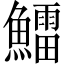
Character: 鱩